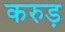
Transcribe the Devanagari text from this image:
करुड़